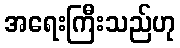
အရေးကြီးသည်ဟု